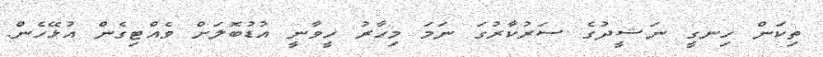
ތިކަން ހިނގީ ނަޝީދުގެ ސަރުކާރުގަ ނަމަ މިހާރު ހީވާނީ އުޑުބޮލަށް ވެއްޓިގެން އުޅޭހެން.